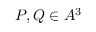
P , Q \in A ^ { 3 }